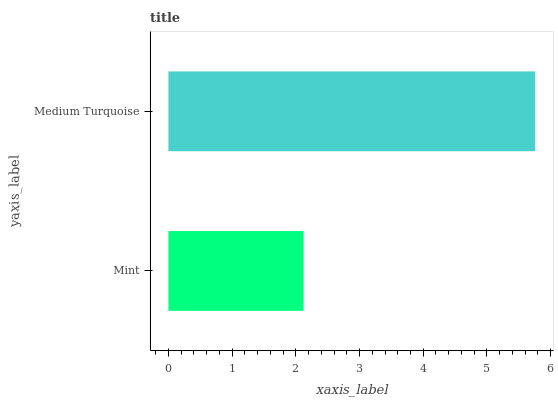
| yaxis_label | bars |
 | --- | --- |
 | Mint | 2.12 |
 | Medium Turquoise | 5.76 |